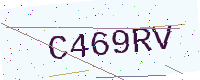
Text: C469RV